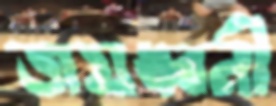
জয়ধ্বনী